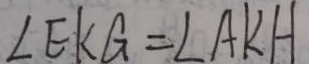
\angle E K G = \angle A K H